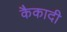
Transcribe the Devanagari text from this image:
कैकादी